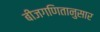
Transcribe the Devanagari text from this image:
बीजगणितानुसार